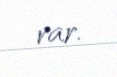
var.